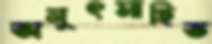
অনুৎসাহিত